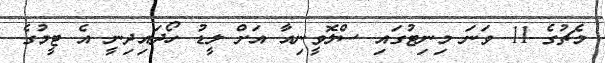
މެޗުގެ 11 ވަނަ މިނިޓުގައި ސްލޮވީނިއާ އަށް ލީޑު ހޯދައިދިނީ އެ ޓީމުގެ